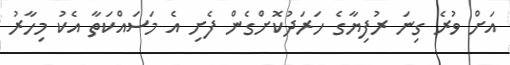
އަށް ވުރެ ގިނަ ރުފިޔާގެ ހަރަދުކޮށްގެން ފެށި އެ މަސައްކަތާ އެކު މިހާރު